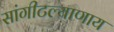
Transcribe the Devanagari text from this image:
सांगीटल्याणाय